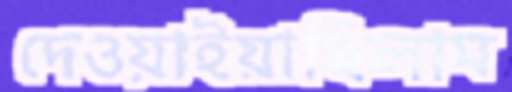
দেওয়াইয়াছিলাম